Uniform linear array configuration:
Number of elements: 24
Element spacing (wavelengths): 0.5
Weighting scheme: uniform
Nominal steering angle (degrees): -15
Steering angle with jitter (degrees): -13.832
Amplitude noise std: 0.05
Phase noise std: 0.05

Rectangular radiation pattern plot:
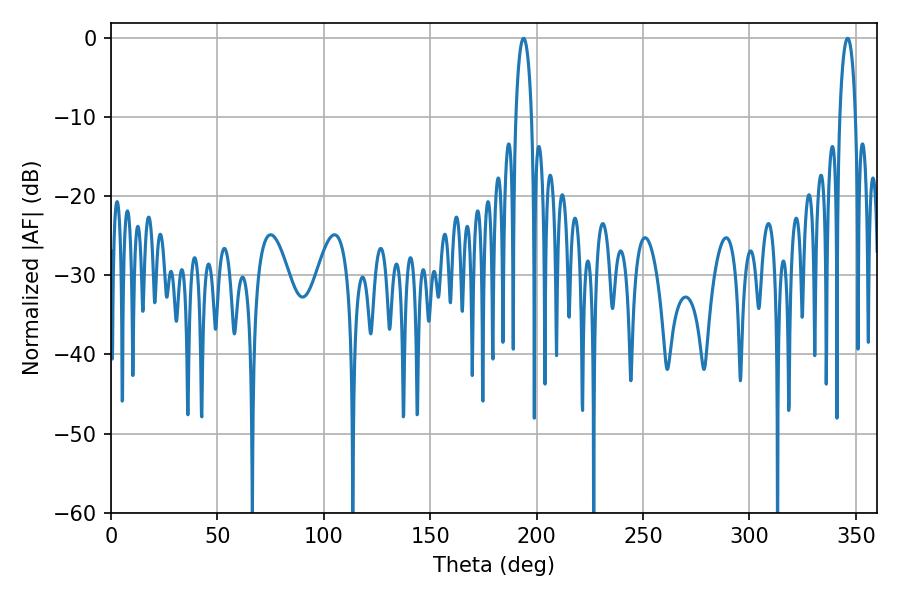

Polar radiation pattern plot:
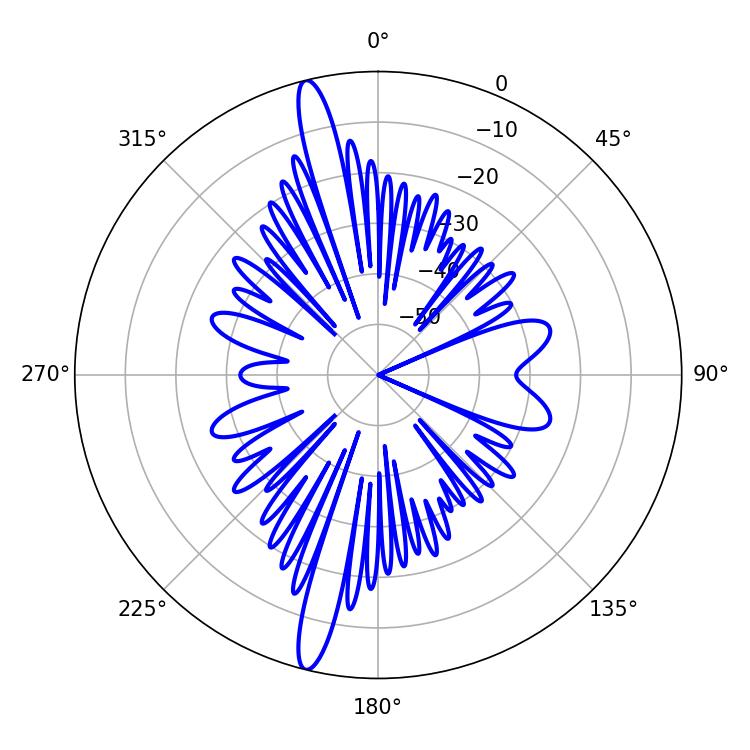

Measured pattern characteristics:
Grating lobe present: FALSE
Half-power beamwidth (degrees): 4.32
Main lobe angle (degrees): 193.86